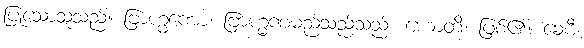
ပြုသောသူသည်။ ဗြာဟ္မဏော၊ ဗြာဟ္မဏမည်သည်သည်။ ဟောတိ၊ ဖြစ်၏။ ခေမီ၊